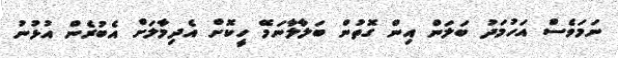
ނަމަވެސް އަހުމަދު ބަލަން އިން ގޮތުން ބަލާލާނަމޭ ހީކޮށް އެދިމާލަށް އެބުރެން އުޅުނު